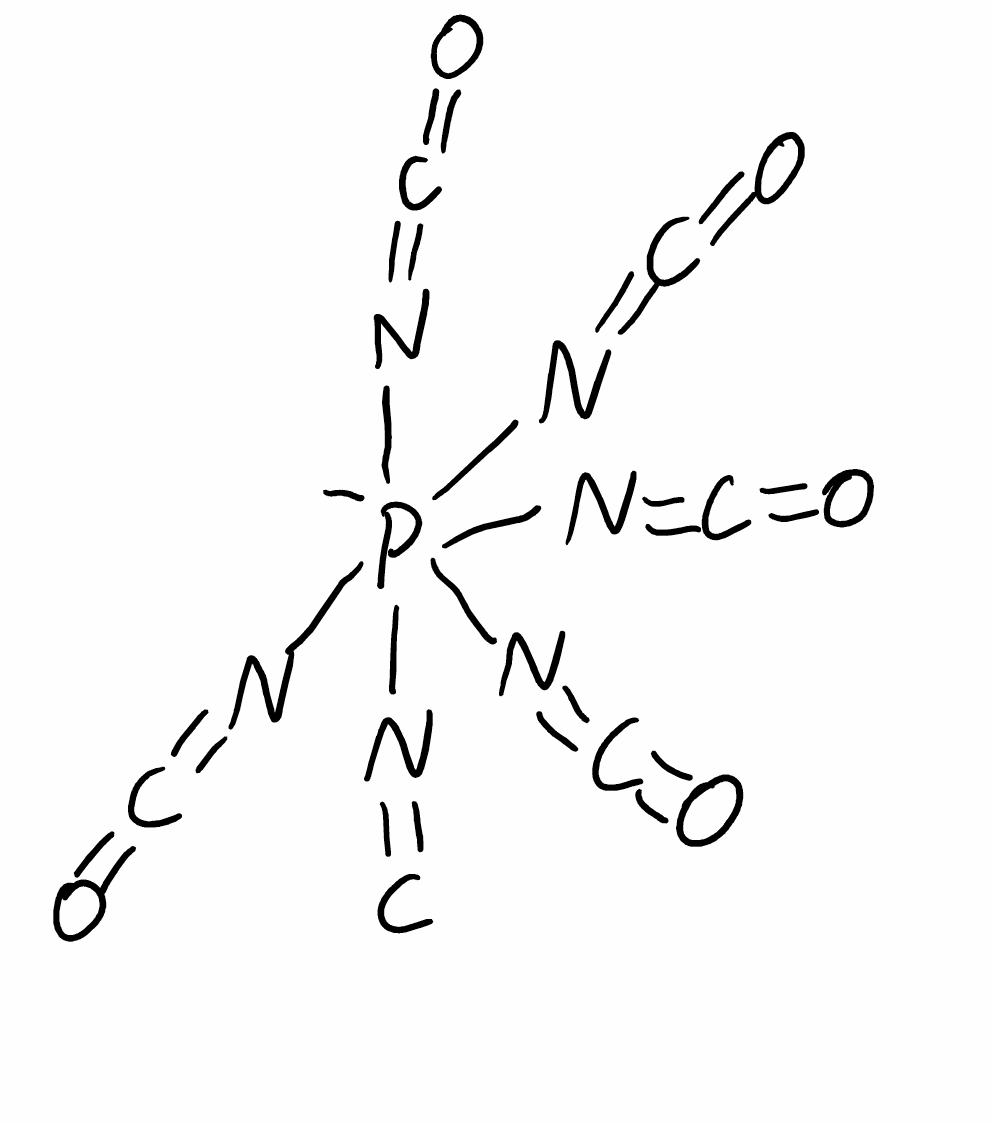
Simplified molecular-input line-entry system (SMILES) notation of the given molecule:
C(=N[P-](N=C=O)(N=C=O)(N=C=O)(N=C=O)N=C=O)=O